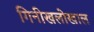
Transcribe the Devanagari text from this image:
गिनीखलोखाल